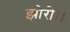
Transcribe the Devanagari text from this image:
झोरी।।